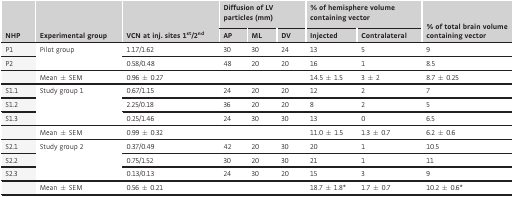
<table><thead><tr><td rowspan="2"><b>NHP</b></td><td rowspan="2"><b>Experimental group</b></td><td rowspan="2"><b>VCN at inj. sites 1<sup>st</sup>/2<sup>nd</sup></b></td><td colspan="3"><b>Diffusion of LV particles (mm)</b></td><td colspan="2"><b>% of hemisphere volume containing vector</b></td><td rowspan="2"><b>% of total brain volume containing vector</b></td></tr><tr><td><b>AP</b></td><td><b>ML</b></td><td><b>DV</b></td><td><b>Injected</b></td><td><b>Contralateral</b></td></tr></thead><tbody><tr><td>P1</td><td rowspan="2">Pilot group</td><td>1.17/1.62</td><td>30</td><td>30</td><td>24</td><td>13</td><td>5</td><td>9</td></tr><tr><td>P2</td><td>0.58/0.48</td><td>48</td><td>20</td><td>20</td><td>16</td><td>1</td><td>8.5</td></tr><tr><td></td><td>Mean ± SEM</td><td>0.96 ± 0.27</td><td></td><td></td><td></td><td>14.5 ± 1.5</td><td>3 ± 2</td><td>8.7 ± 0.25</td></tr><tr><td>S1.1</td><td rowspan="3">Study group 1</td><td>0.67/1.15</td><td>24</td><td>20</td><td>20</td><td>12</td><td>2</td><td>7</td></tr><tr><td>S1.2</td><td>2.25/0.18</td><td>36</td><td>20</td><td>20</td><td>8</td><td>2</td><td>5</td></tr><tr><td>S1.3</td><td>0.25/1.46</td><td>24</td><td>30</td><td>30</td><td>13</td><td>0</td><td>6.5</td></tr><tr><td></td><td>Mean ± SEM</td><td>0.99 ± 0.32</td><td></td><td></td><td></td><td>11.0 ± 1.5</td><td>1.3 ± 0.7</td><td>6.2 ± 0.6</td></tr><tr><td>S2.1</td><td rowspan="3">Study group 2</td><td>0.37/0.49</td><td>42</td><td>20</td><td>30</td><td>20</td><td>1</td><td>10.5</td></tr><tr><td>S2.2</td><td>0.75/1.52</td><td>30</td><td>20</td><td>30</td><td>21</td><td>1</td><td>11</td></tr><tr><td>S2.3</td><td>0.13/0.13</td><td>24</td><td>30</td><td>20</td><td>15</td><td>3</td><td>9</td></tr><tr><td></td><td>Mean ± SEM</td><td>0.56 ± 0.21</td><td></td><td></td><td></td><td>18.7 ± 1.8*</td><td>1.7 ± 0.7</td><td>10.2 ± 0.6*</td></tr></tbody></table>